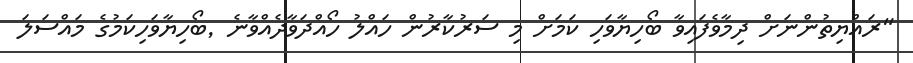
"ރައްޔިތުންނަށް ދިމާވެފައިވާ ބޯހިޔާވަހި ކަމަށް މި ސަރުކާރުން ހައްލު ހޯއްދަވާދެއްވާނެ